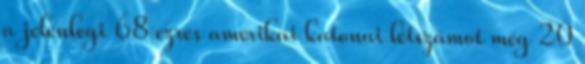
a jelenlegi 68 ezres amerikai katonai létszámot még 20